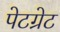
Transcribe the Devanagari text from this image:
पेटग्रेट